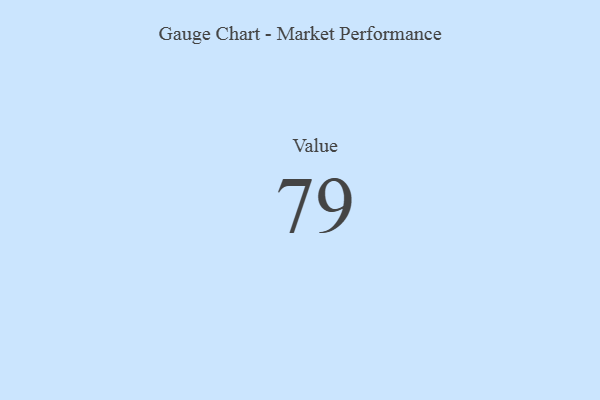
{"axis": {"x": "Metric", "y": "Value"}, "legend": [""], "data": [{"x": "Value", "y": 79, "type": ""}]}